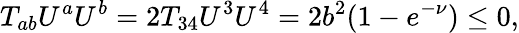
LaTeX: T_{ab}U^{a}U^{b}=2T_{34}U^{3}U^{4}=2b^{2}(1-e^{-\nu})\le 0,